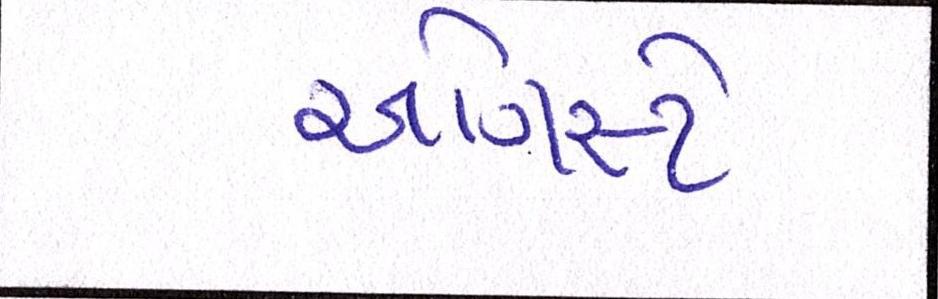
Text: ઓગસ્ટે